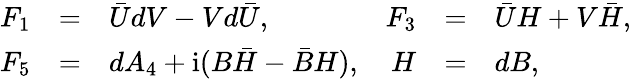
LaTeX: \begin{array}{rclrcl}{{F_{1}}}&{{=}}&{{\bar{U}dV-Vd\bar{U},}}&{{F_{3}}}&{{=}}&{{\bar{U}H+V\bar{H},}}\\ {{F_{5}}}&{{=}}&{{dA_{4}+\mathrm{i}(B\bar{H}-\bar{B}H),}}&{{H}}&{{=}}&{{dB,}}\end{array}